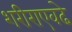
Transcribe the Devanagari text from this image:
शरीराएवढे